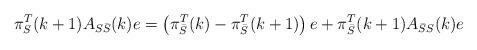
LaTeX: \begin{align*} \pi_{S}^T(k+1)A_{S\bar{S}}(k)e=\left(\pi_{\bar{S}}^T(k)-\pi_{\bar{S}}^T(k+1)\right)e+\pi_{\bar{S}}^T(k+1)A_{\bar{S}S}(k)e\end{align*}